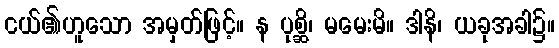
ငယ်၏ဟူသော အမှတ်ဖြင့်။ န ပုစ္ဆိ၊ မမေးမိ။ ဒါနိ၊ ယခုအခါ၌။